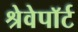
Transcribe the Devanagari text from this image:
श्रेवेपाॅर्ट